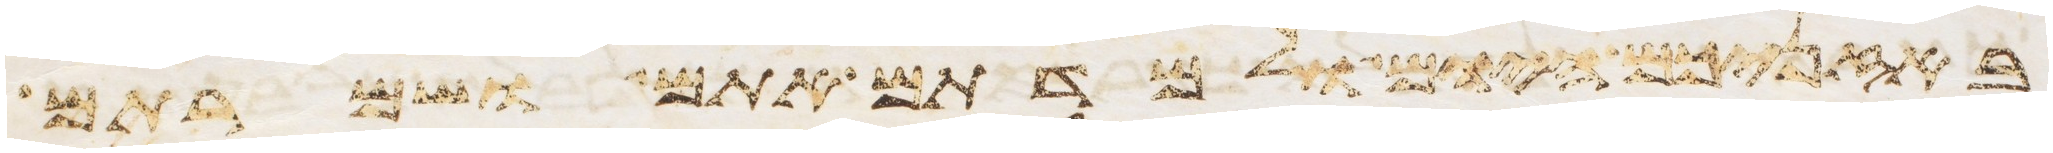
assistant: באזניכם היום ולמדתם אתם ושמרתם